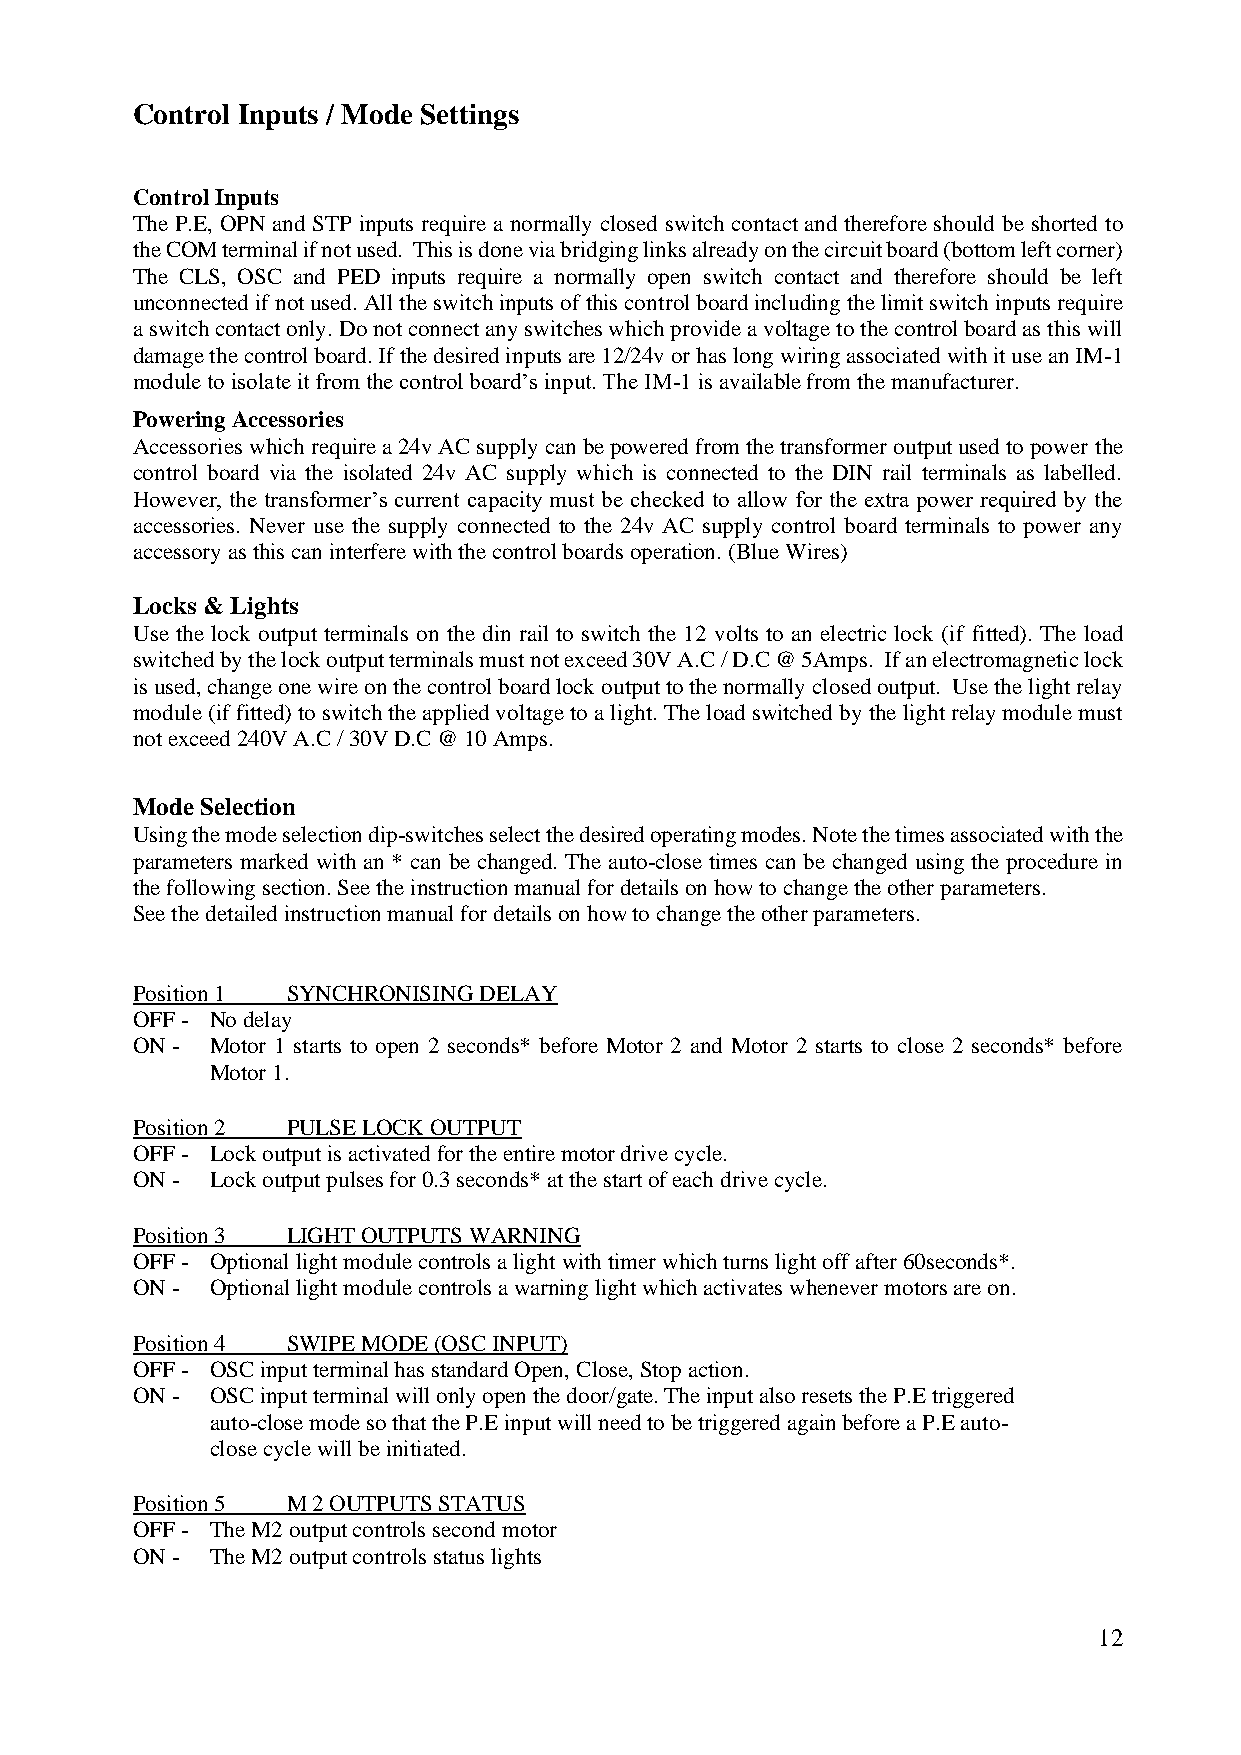
Control Inputs / Mode Settings
 Control Inputs
 The P.E, OPN and STP inputs require a normally closed switch contact and therefore should be shorted to
 the COM terminal if not used. This is done via bridging links already on the circuit board (bottom left corner)
 The CLS, OSC and PED inputs require a normally open switch contact and therefore should be left
 unconnected if not used. All the switch inputs of this control board including the limit switch inputs require
 a switch contact only. Do not connect any switches which provide a voltage to the control board as this will
 damage the control board. If the desired inputs are 12/24v or has long wiring associated with it use an IM-1
 module to isolate it from the control board’s input. The IM-1 is available from the manufacturer.
 Powering Accessories
 Accessories which require a 24v AC supply can be powered from the transformer output used to power the
 control board via the isolated 24v AC supply which is connected to the DIN rail terminals as labelled.
 However, the transformer’s current capacity must be checked to allow for the extra power required by the
 accessories. Never use the supply connected to the 24v AC supply control board terminals to power any
 accessory as this can interfere with the control boards operation. (Blue Wires)
 Locks & Lights
 Use the lock output terminals on the din rail to switch the 12 volts to an electric lock (if fitted). The load
 switched by the lock output terminals must not exceed 30V A.C / D.C @ 5Amps. If an electromagnetic lock
 is used, change one wire on the control board lock output to the normally closed output. Use the light relay
 module (if fitted) to switch the applied voltage to a light. The load switched by the light relay module must
 not exceed 240V A.C / 30V D.C @ 10 Amps.
 Mode Selection
 Using the mode selection dip-switches select the desired operating modes. Note the times associated with the
 parameters marked with an * can be changed. The auto-close times can be changed using the procedure in
 the following section. See the instruction manual for details on how to change the other parameters.
 See the detailed instruction manual for details on how to change the other parameters.
 Position 1 SYNCHRONISING DELAY
 OFF - No delay
 ON - Motor 1 starts to open 2 seconds* before Motor 2 and Motor 2 starts to close 2 seconds* before
 Motor 1.
 Position 2 PULSE LOCK OUTPUT
 OFF - Lock output is activated for the entire motor drive cycle.
 ON - Lock output pulses for 0.3 seconds* at the start of each drive cycle.
 Position 3 LIGHT OUTPUTS WARNING
 OFF - Optional light module controls a light with timer which turns light off after 60seconds*.
 ON - Optional light module controls a warning light which activates whenever motors are on.
 Position 4 SWIPE MODE (OSC INPUT)
 OFF - OSC input terminal has standard Open, Close, Stop action.
 ON - OSC input terminal will only open the door/gate. The input also resets the P.E triggered
 auto-close mode so that the P.E input will need to be triggered again before a P.E auto-
 close cycle will be initiated.
 Position 5 M 2 OUTPUTS STATUS
 OFF - The M2 output controls second motor
 ON - The M2 output controls status lights
 12